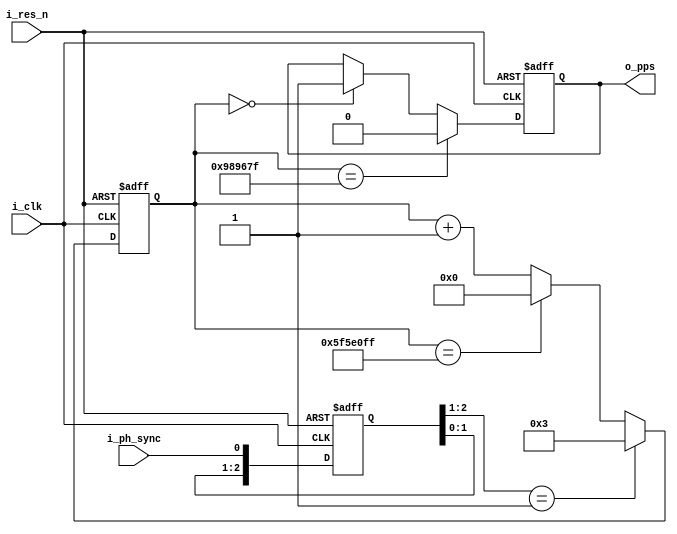
// PPS(T = 1000ms, PW = 100ms)

module pps_gen (
    input   wire    i_clk,      // 100MHz
    input   wire    i_res_n,
    input   wire    i_ph_sync,  // sync to pos edge
    output  reg     o_pps
    );

    localparam DEF_CNT_MAX      = 27'd99999999;
    localparam DEF_CNT_PW       = 27'd9999999;
    localparam DEF_CNT_SYNC_DLY = 27'd3;

    // 
    reg     [2:0]   r_sync_ff;
    wire            w_sync_en = (r_sync_ff[2:1] == 2'b01);
    always @(posedge i_clk or negedge i_res_n) begin
        if (~i_res_n) begin
            r_sync_ff[2:0] <= 3'd0;
        end else begin
            r_sync_ff[2:0] <= {r_sync_ff[1:0], i_ph_sync};
        end
    end

    // Counter
    reg     [26:0]  r_cnt;
    wire            w_cnt_max = (r_cnt == DEF_CNT_MAX);
    always @(posedge i_clk or negedge i_res_n) begin
        if (~i_res_n) begin
            r_cnt[26:0] <= 27'd0;
        end else if (w_sync_en) begin
            r_cnt[26:0] <= DEF_CNT_SYNC_DLY;
        end else if (w_cnt_max) begin
            r_cnt[26:0] <= 27'd0;
        end else begin
            r_cnt[26:0] <= r_cnt[26:0] + 27'd1;
        end
    end

    // Pulse Gen
    always @(posedge i_clk or negedge i_res_n) begin
        if (~i_res_n) begin
            o_pps <= 1'b0;
        end else begin
            if (r_cnt[26:0] == 27'd0)       o_pps <= 1'b1;
            if (r_cnt[26:0] == DEF_CNT_PW)  o_pps <= 1'b0;
        end
    end

endmodule